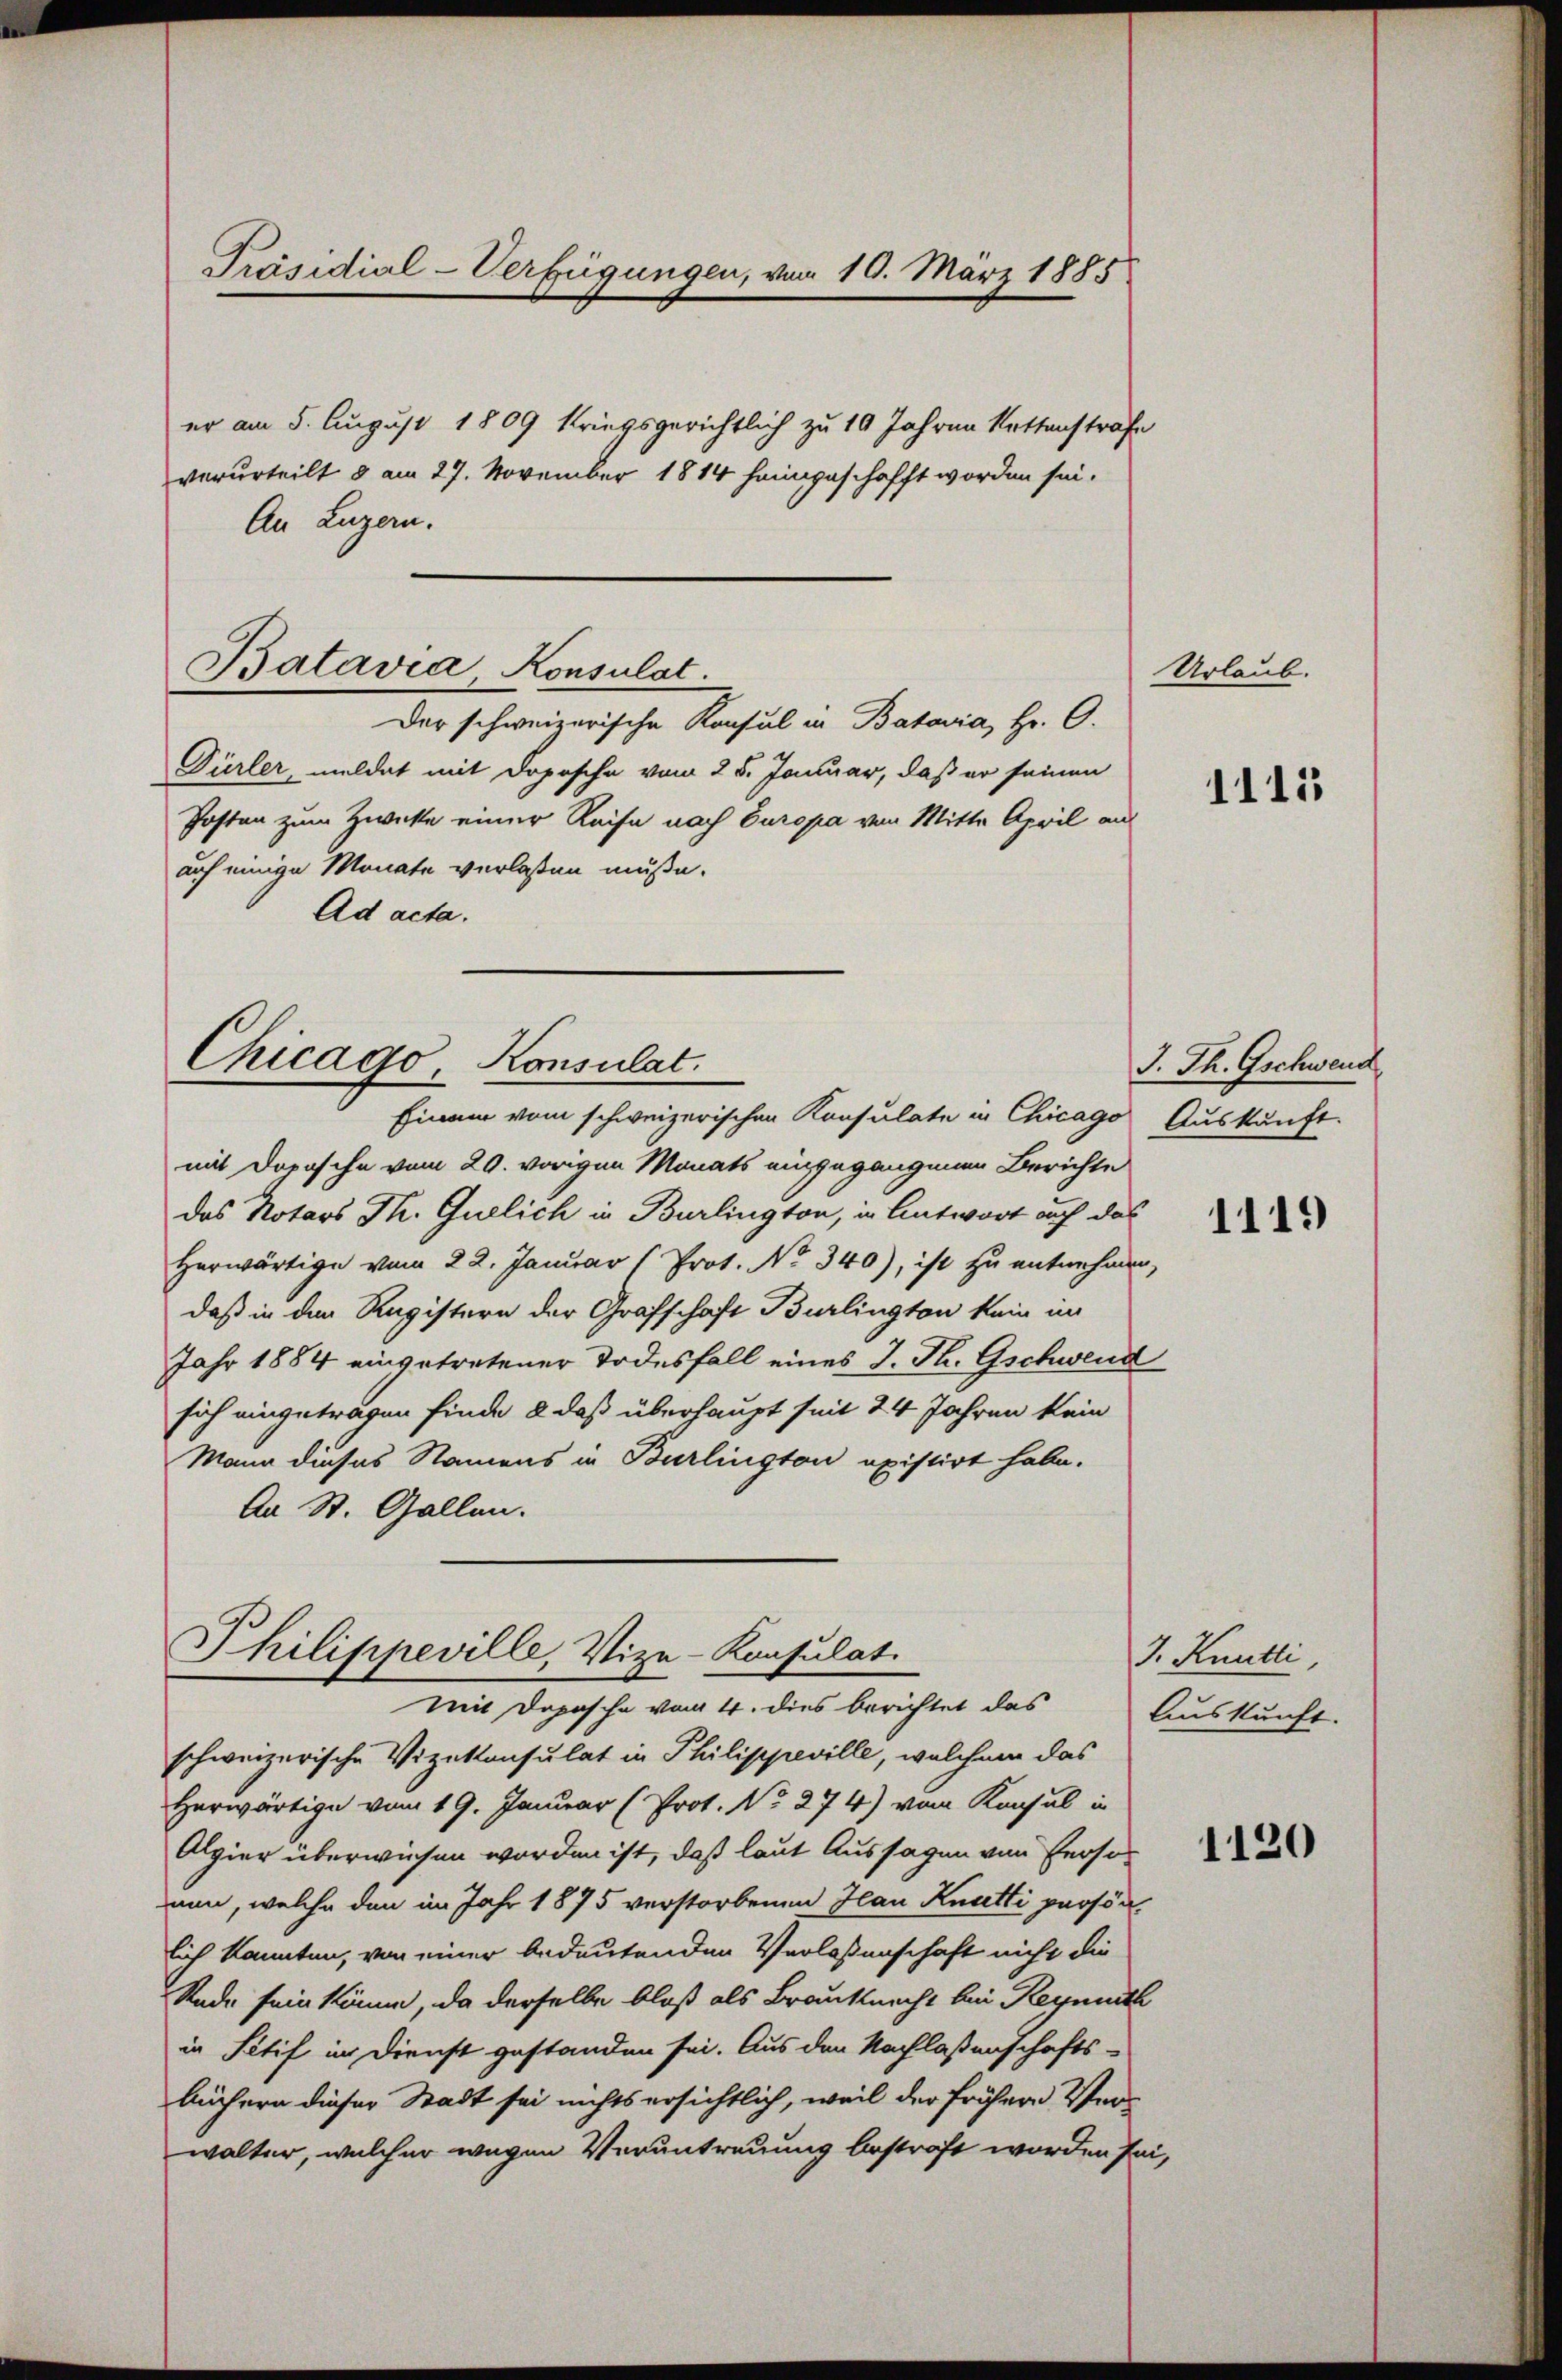
Präsidial-Verfügungen, vom 10. März 1885

er am 5. August 1809 kriegsgerichtlich zu 10 Jahren Rettenstrafe
verurteilt 8 am 27. November 1814 heimgeschafft worden sei.
An Luzern.

Batavia Konsulat.

Chicago Konsulat
Einem vom schweizerischen Konsulate in Chicago Auskunft.

Der schweizerische Konsul in Batavia, Hr. O.
Dürler, meldet mit Dopische vom 25. Januar, daß er seinen
Posten zum Zwecke einer Reise nach Europa von Mitte April an
auf einige Monate verlassen müße.
Ad acta.

Philippeville, Vize-Konsulat
mit Dapasche vom 4. dies berichtet das

mit Dopische vom 29. vorigen Monats eingegangenen Berichte
das Notars Th. Guelich in Burlington, in Antwort auch das
Herwärtige vom 22. Januar (Prot. No 340), ist zu entnehmen,
daß in den Registern der Grafschaft Burlington kein im
Jahr 1884 eingetretener Todesfall eines J. Th. Gschwend
sich eingetragen finde & daß überhaupt seit 24 Jahren kein
Mann dieses Namens in Burlington existirt habe.
An St. Gallen.

schweizerische Vizekonsulat in Philippeville, welchem das
Herwärtige vom 19. Januar (Prot. No. 274) vom Konsul in
Algier überwiesen worden ist, daß laut Aussagen von Person
nun, welche den im Jahr 1875 verstorbenen Hau Knutti persönlich kannten, von einer bedeutenden Verlassenschaft nicht die
Rade sein könne, da derselbe bloß als Brauknecht bei Reynisch
in Sitif in Dienst gestanden sei. Aus den Nachlaßenschafts-
büchern dieser Stadt sei nichts ersichtlich, weil der früheren Verwalter, welcher wegen Veruntreuung bestraft worden sei,

Urlaub.

1115

J. Th. Gschwend

1119

J. Kuntli,
Auskunft.

1120